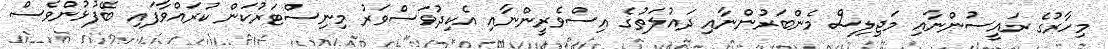
މިހާރުގެ ރައީސުންނާއި މަޖިލިސް މެންބަރުންނާއި ދައުލަތުގެ އިސްވެރީންނާއި އެކިދުވަސްވަރު މިނިސްޓަރުކަން ކުރައްވާފައި ބޭފުޅުންވެސް